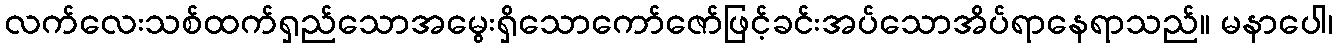
လက်လေးသစ်ထက်ရှည်သောအမွေးရှိသောကော်ဇော်ဖြင့်ခင်းအပ်သောအိပ်ရာနေရာသည်။ မနာပေါ၊